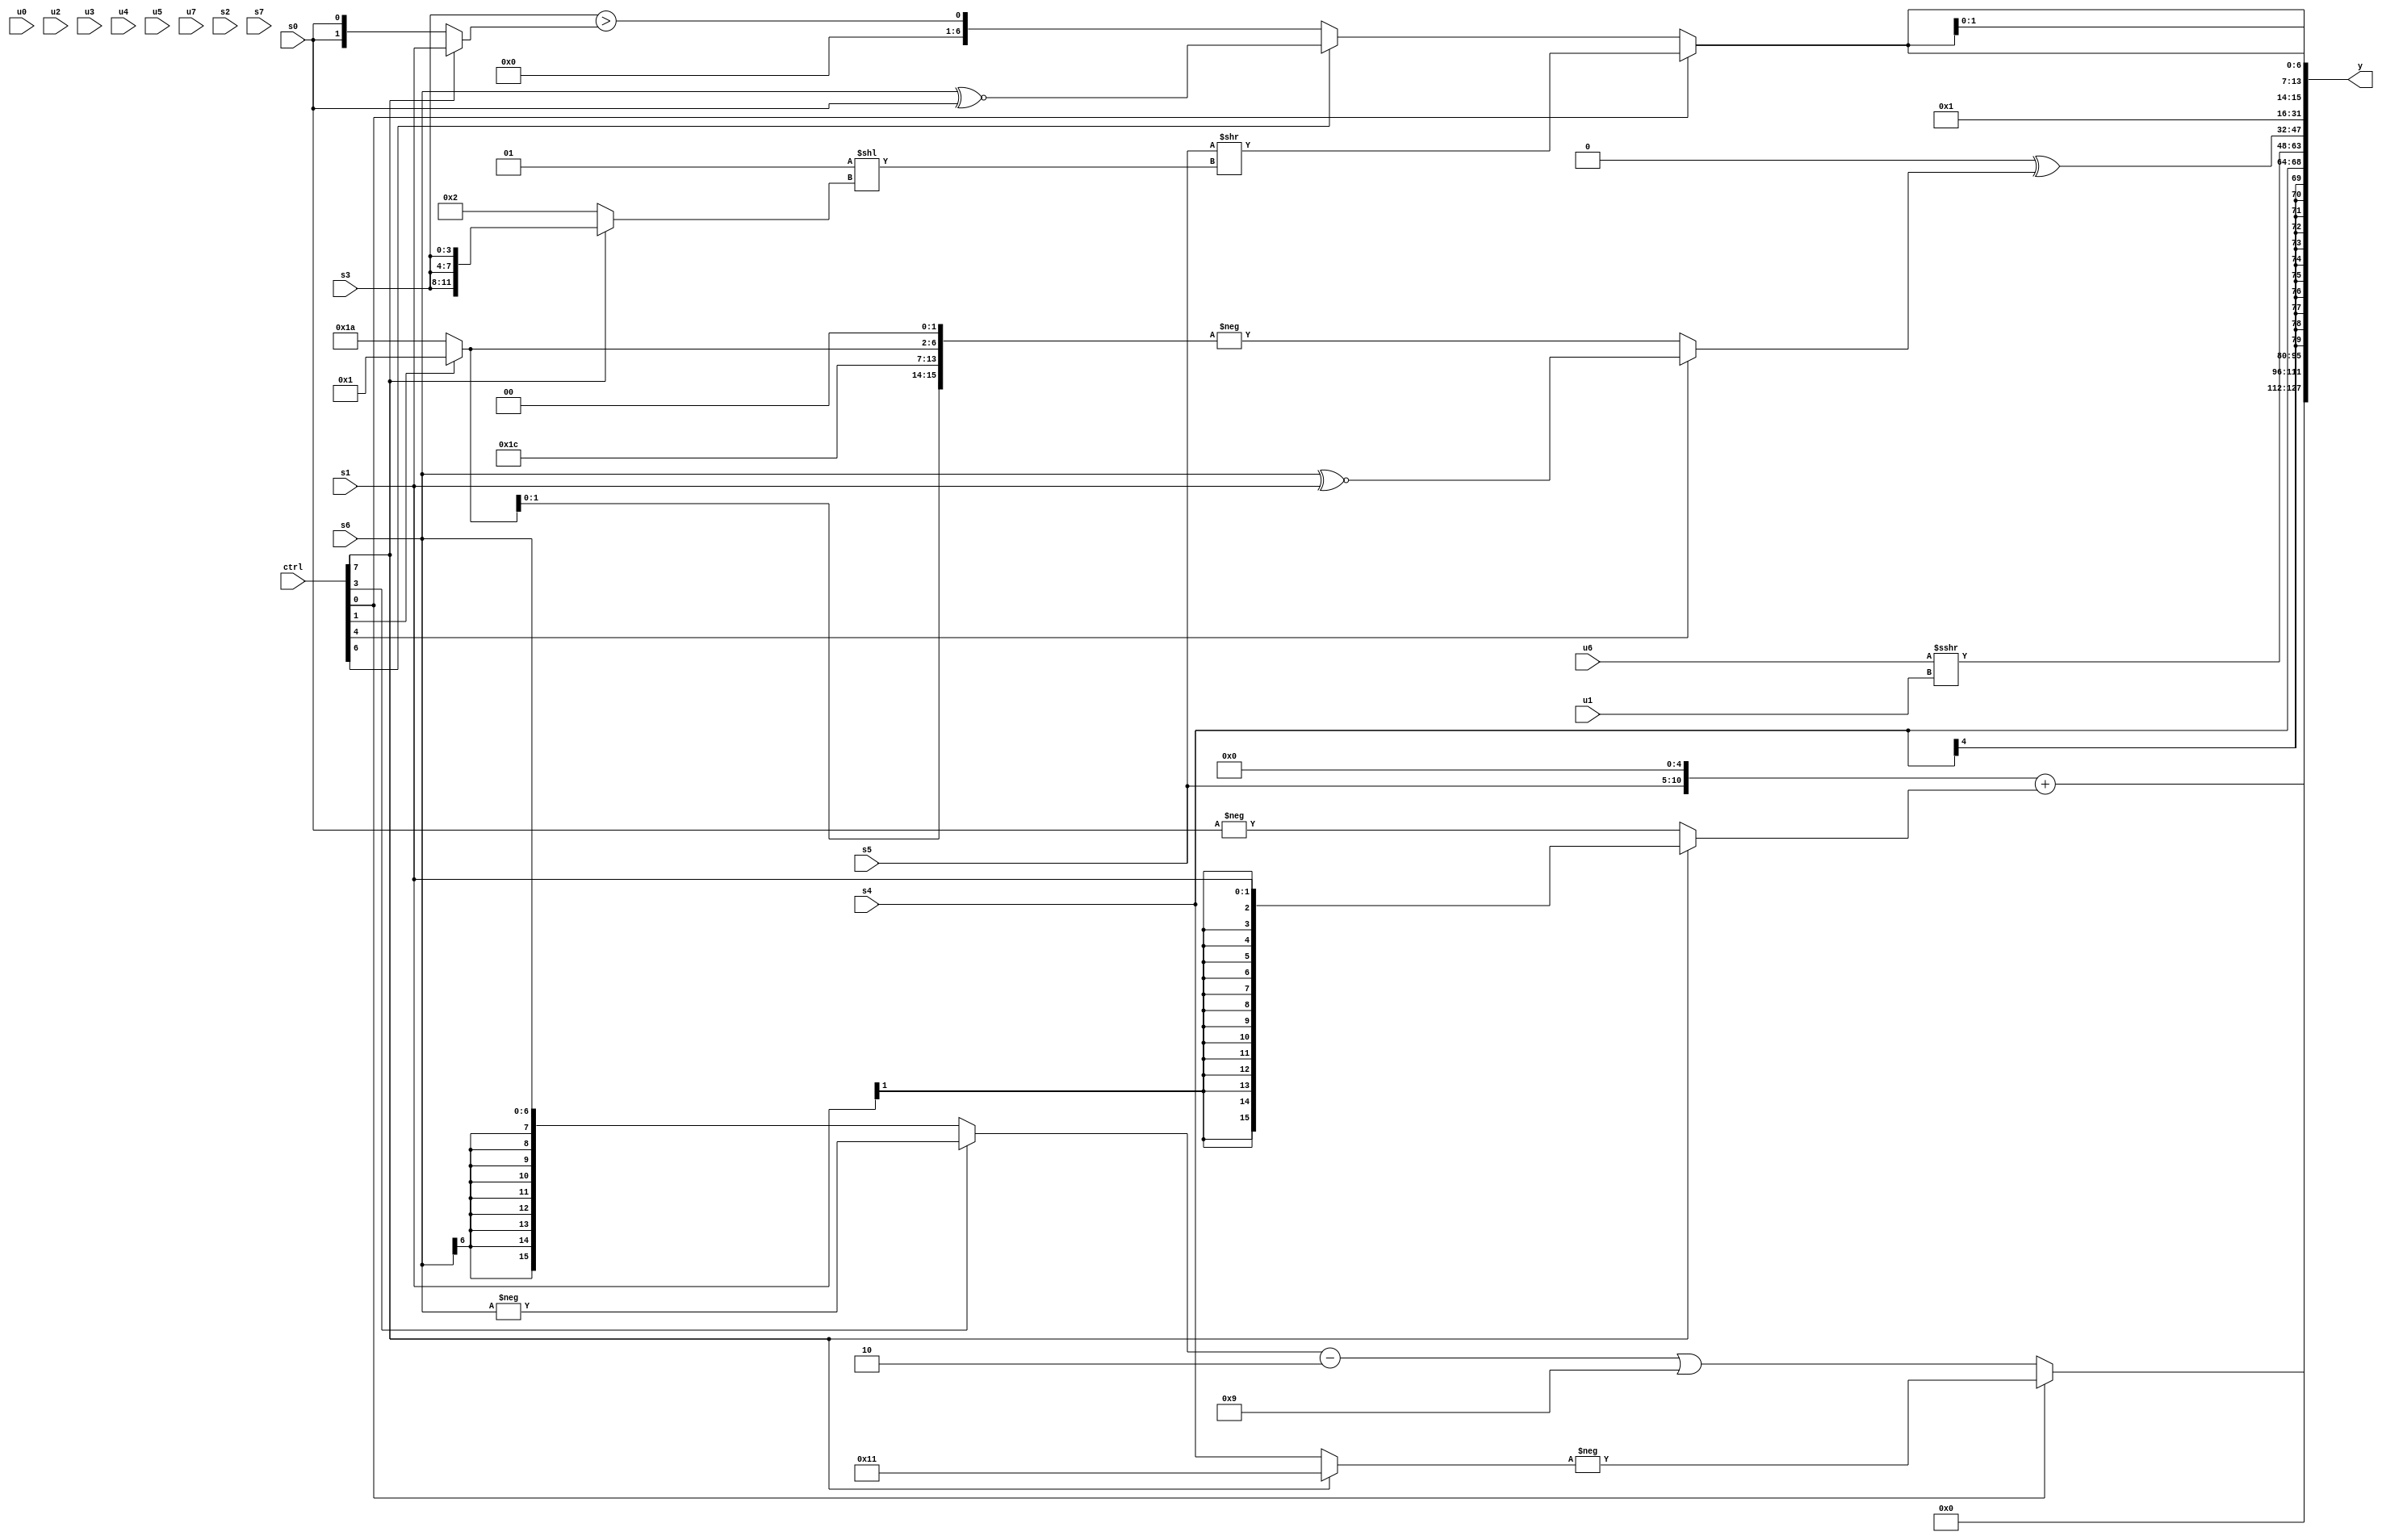
module wideexpr_00474(ctrl, u0, u1, u2, u3, u4, u5, u6, u7, s0, s1, s2, s3, s4, s5, s6, s7, y);
  input [7:0] ctrl;
  input [0:0] u0;
  input [1:0] u1;
  input [2:0] u2;
  input [3:0] u3;
  input [4:0] u4;
  input [5:0] u5;
  input [6:0] u6;
  input [7:0] u7;
  input signed [0:0] s0;
  input signed [1:0] s1;
  input signed [2:0] s2;
  input signed [3:0] s3;
  input signed [4:0] s4;
  input signed [5:0] s5;
  input signed [6:0] s6;
  input signed [7:0] s7;
  output [127:0] y;
  wire [15:0] y0;
  wire [15:0] y1;
  wire [15:0] y2;
  wire [15:0] y3;
  wire [15:0] y4;
  wire [15:0] y5;
  wire [15:0] y6;
  wire [15:0] y7;
  assign y = {y0,y1,y2,y3,y4,y5,y6,y7};
  assign y0 = ((s5)<<<(5'sb00101))+((ctrl[7]?s1:-((+(s0))>>>((3'sb000)+(2'sb10)))));
  assign y1 = (ctrl[0]?-((ctrl[7]?5'sb10001:s4)):(((ctrl[3]?-(s6):$signed(s6)))-(2'sb10))|(+(6'sb111001)));
  assign y2 = (&(4'sb0111))<<<(($unsigned(s3))>>(-(3'sb011)));
  assign y3 = s4;
  assign y4 = (u6)>>>($signed(u1));
  assign y5 = {((~($signed({(ctrl[2]?s3:5'sb00011),({6'sb100000})>>>($signed(s0)),1'sb1})))>>>(((s4)^~($signed(($signed(2'sb01))+((3'sb110)^(s4)))))>>(+({1{$signed((s0)>=(2'sb10))}}))))-((-(2'sb01))<<<(-((ctrl[1]?{4{(+(u0))<<((ctrl[1]?s1:s0))}}:(u0)<<<((ctrl[7]?(6'b110100)+(1'sb0):(s0)>(s3))))))),(1'sb0)^((ctrl[4]?(s6)^~(s1):+(-({3{{5'sb11100,(ctrl[1]?2'b01:5'b11010),2'sb00}}}))))};
  assign y6 = ~|(1'b0);
  assign y7 = {4{(ctrl[0]?(s5)>>($signed((2'sb01)<<((ctrl[7]?{3{s3}}:2'sb10)))):+({(ctrl[6]?$signed((s6)^~(s0)):($signed(s3))>($signed((ctrl[7]?s1:s0))))}))}};
endmodule